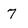
Character: 7